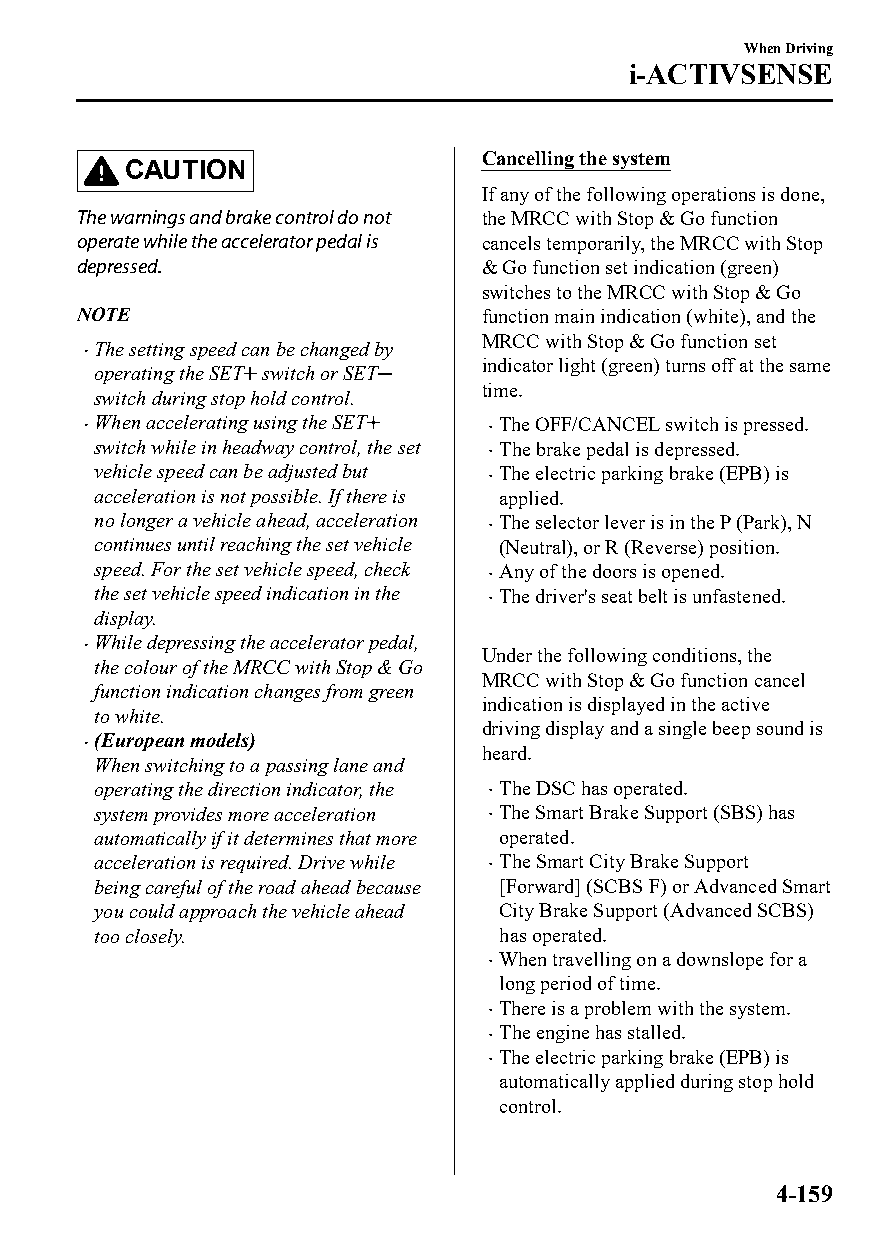
When Driving
 i-ACTIVSENSE
 Cancelling the system
 CAUTION
 If any of the following operations is done,
 The warnings and brake control do not the MRCC with Stop & Go function
 operate while the accelerator pedal is cancels temporarily, the MRCC with Stop
 depressed.                 & Go function set indication (green)
 switches to the MRCC with Stop & Go
 NOTE                       function main indication (white), and the
 MRCC with Stop & Go function set
 The setting speed can be changed by
 
 indicator light (green) turns off at the same
 operating the SET switch or SET
 time.
 switch during stop hold control.
 When accelerating using the SET
 
 The OFF/CANCEL switch is pressed.
 switch while in headway control, the set The brake pedal is depressed.
 
 vehicle speed can be adjusted but The electric parking brake (EPB) is
 
 acceleration is not possible. If there is applied.
 no longer a vehicle ahead, acceleration The selector lever is in the P (Park), N
 
 continues until reaching the set vehicle (Neutral), or R (Reverse) position.
 speed. For the set vehicle speed, check Any of the doors is opened.
 
 the set vehicle speed indication in the The driver's seat belt is unfastened.
 
 display.
 While depressing the accelerator pedal,
                           Under the following conditions, the
 the colour of the MRCC with Stop & Go
 MRCC with Stop & Go function cancel
 function indication changes from green
 indication is displayed in the active
 to white.
 driving display and a single beep sound is
 (European models)
                           heard.
 When switching to a passing lane and
 operating the direction indicator, the  The DSC has operated.
 system provides more acceleration  The Smart Brake Support (SBS) has
 automatically if it determines that more operated.
 acceleration is required. Drive while  The Smart City Brake Support
 being careful of the road ahead because [Forward] (SCBS F) or Advanced Smart
 you could approach the vehicle ahead City Brake Support (Advanced SCBS)
 too closely.               has operated.
 When travelling on a downslope for a
 
 long period of time.
 There is a problem with the system.
 
 The engine has stalled.
 
 The electric parking brake (EPB) is
 
 automatically applied during stop hold
 control.
 4-159
 CX-3_8GT4-EE-18D_Edition4                  2018-9-6 18:32:19